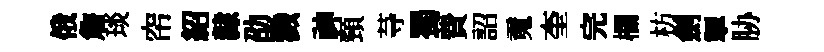
俄詹琰帘紹隸劭戮神頸䒭蜀費詔䰟奎完欄枋劍掣胁